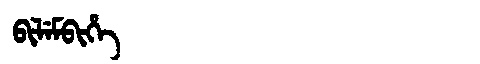
Manchu: ᠪᡳᠯᡝᠮᠪᡳᡥᡝ
Romanization: BILEMBIHE